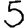
Digit: 5